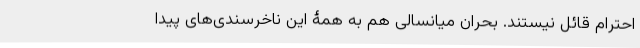
احترام قائل نیستند. بحران میانسالی هم به همۀ این ناخرسندی‌های پیدا